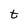
Character: t